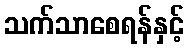
သက်သာစေရန်နှင့်